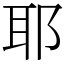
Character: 耶